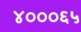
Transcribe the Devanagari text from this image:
४०००६५